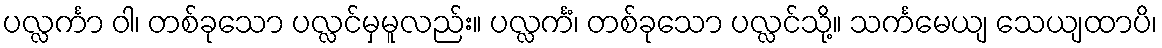
ပလ္လင်္ကာ ဝါ၊ တစ်ခုသော ပလ္လင်မှမူလည်း။ ပလ္လင်္ကံ၊ တစ်ခုသော ပလ္လင်သို့။ သင်္ကမေယျ သေယျထာပိ၊